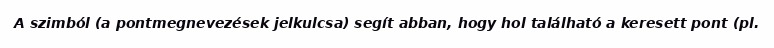
A szimból (a pontmegnevezések jelkulcsa) segít abban, hogy hol található a keresett pont (pl.